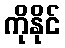
ကိုနိုင်